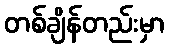
တစ်ချိန်တည်းမှာ